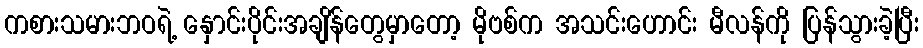
ကစားသမားဘဝရဲ့ နှောင်းပိုင်းအချိန်တွေမှာတော့ မိုဗစ်က အသင်းဟောင်း မီလန်ကို ပြန်သွားခဲ့ပြီး